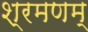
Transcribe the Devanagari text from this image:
श्रमणम्